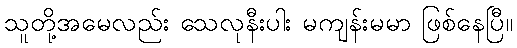
သူတို့အမေလည်း သေလုနီးပါး မကျန်းမမာ ဖြစ်နေပြီ။